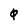
Character: 0